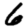
Digit: 6